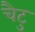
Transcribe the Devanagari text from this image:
चैटु